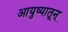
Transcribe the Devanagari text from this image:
आयुष्यातून्